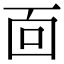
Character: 靣